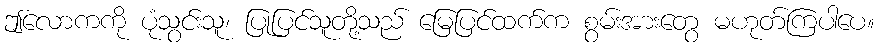
ဤလောကကို ပုံသွင်းသူ၊ ပြုပြင်သူတို့သည် မြေပြင်ထက်က စွမ်းအားတွေ မဟုတ်ကြပါပေ။